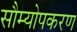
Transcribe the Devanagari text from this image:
सौम्योपकरण